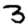
Digit: 3